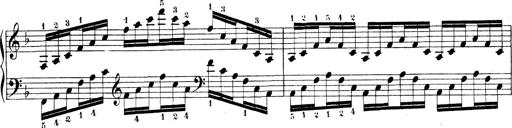
Title: Technische Studien
Composer: Franz Liszt